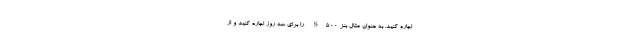
اجاره کنید. به عنوان مثال بنز S500 را برای سه روز اجاره کنید و از